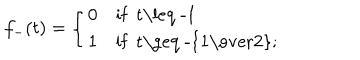
f _ { - } ( t ) = \left\{ \begin{array} { l l } { { 0 } } & { { \mathrm { i f ~ t \leq ~ - 1 ~ } } } \\ { { 1 } } & { { \mathrm { i f ~ t \geq ~ - { \frac { 1 } { 2 } } ; ~ } } } \\ \end{array} \right.